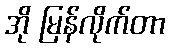
အို မြန်လိုက်တာ